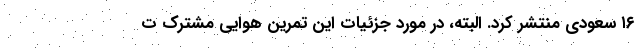
۱۶ سعودی منتشر کرد. البته، در مورد جزئیات این تمرین هوایی مشترک ت